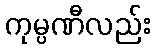
ကုမ္ပဏီလည်း